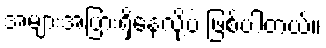
အများအပြားရှိနေလို့ပဲ ဖြစ်ပါတယ်။